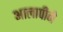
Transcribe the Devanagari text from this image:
आलापीने